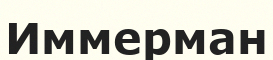
Иммерман